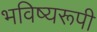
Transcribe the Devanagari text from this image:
भविष्यरूपी